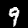
Digit: 9